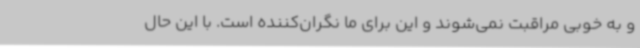
و به خوبی مراقبت نمی‌شوند و این برای ما نگران‌کننده است. با این حال